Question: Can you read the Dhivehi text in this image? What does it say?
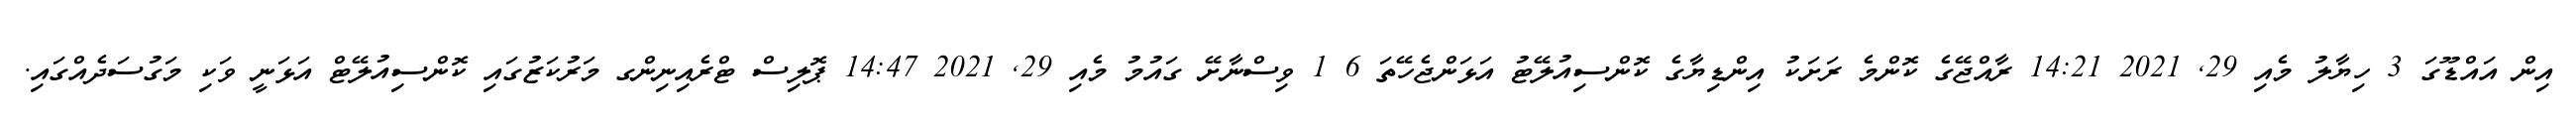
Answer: އިން އައްޑޫގަ 3 ހިޔާލު މެއި 29, 2021 14:21 ރާއްޖޭގެ ކޮންމެ ރަށަކު އިންޑިޔާގެ ކޮންސިއުލޭޓު އަޅަންޖެހޭތަ 6 1 ވިސްނާށޭ ގައުމު މެއި 29, 2021 14:47 ޕޮލިސް ޓްރެއިނިންގ މަރުކަޒުގައި ކޮންސިއުލޭޓް އަޅަނީ ވަކި މަގުސަދެއްގައި.